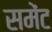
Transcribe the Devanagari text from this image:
समेंट